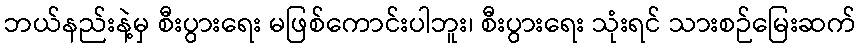
ဘယ်နည်းနဲ့မှ စီးပွားရေး မဖြစ်ကောင်းပါဘူး၊ စီးပွားရေး သုံးရင် သားစဉ်မြေးဆက်